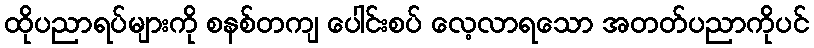
ထိုပညာရပ်များကို စနစ်တကျ ပေါင်းစပ် လေ့လာရသော အတတ်ပညာကိုပင်